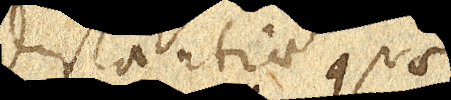
distantiae quae